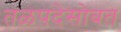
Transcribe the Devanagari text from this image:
तळपदेसोबत